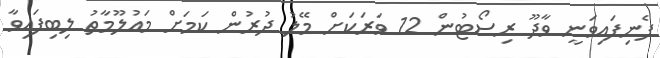
ފެނިފައިވަނީ ވާދޫ ރިސޯޓުން 12 ވަރަކަށް މޭލު ދުރުން ކަމަށް މައުލޫމާތު ލިބިފައިވާ